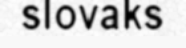
slovaks